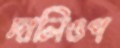
দালিওপ